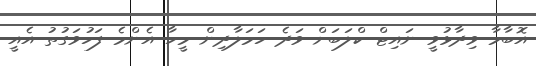
އޮބާމާ ވިދާޅުވީ ނައިޓް ކްލަބަށް ވަދެ ހަމަލާދިން މީހާ އެންމެ ފަހުވަގުތު އެއީ